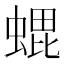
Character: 𮔢